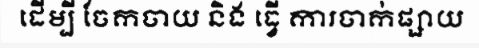
ដើម្បី ចែកចាយ និង ធ្វើ ការចាក់ផ្សាយ